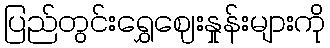
ပြည်တွင်းရွှေဈေးနှုန်းများကို